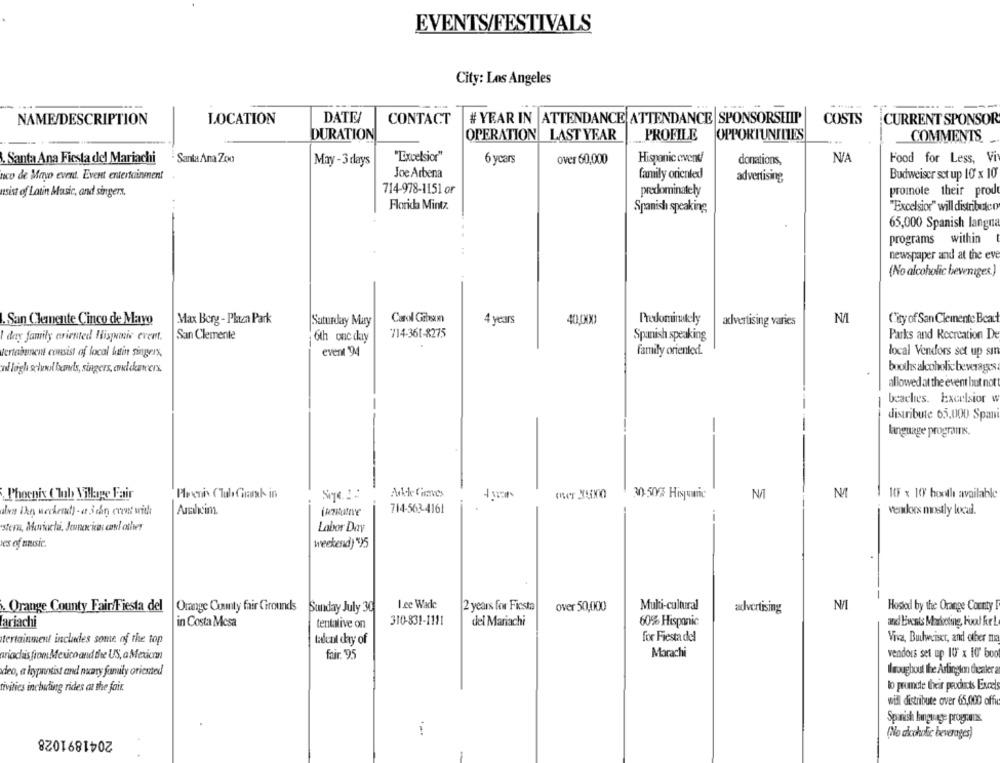
EVENTS/FESTIVALS
City: Los Angeles
-.-
NAME/DESCRIPTION
LOCATION
DATE
CONTACT
# YEAR IN ATTENDANCE ATTENDANCE SPONSORSHIP
COSTS
CURRENT SPONSOR
DURATION
OPERATION LAST YEAR
PROFILE
OPPORTUNITIES
COMMENTS.
.Santa Ana Fiesta del Mariachi
Santa Ana Zoo
"Excelsior"
6 years
over 60,000
Hispanic avend
donations,
Food for Less, Vi
May - 3 days
noco de Mayo event. Event entertainment
Joe Arbena
family orienled
Budweiser set up 10 x 10
advertising
714-978-1151 or
predominately
promote their prod
usist of Latin Music, and singers.
Florida Mintz.
Spanish speaking
"Excelsior" will distributeo
65,000 Spanish langna
programs
within
newspaper and at the eve
(No alcoholic beverages.)
.San Clemente Cinco de Mayo
Max Berg - Phuza Park
Carol Gibson
4 years
Predominately
City of San Clemente Bead
Saturday May
advertising varies
San Clemente
714-361-8275
I day family oriented Hispanic event.
oth onc cky
Spanish speaking
Parks and Recreation De
family oriented.
Vertabuneit consist of local hatin singers,
event 94
local Vendors set up sin
ah logh selvwol bands, singers, emul datcers.
booths alcoholic beverages
allowed at the event but nott
beaches. Excelsior w
distribute 65,000 Span
-
language programs.
Phoenix ( Tub Village Fair
Plovenis (Tul Chrank in
Sige. : :
Anche Gives
30-50% Hispanic
N/
10 x 10' booth available
Ambeim
714-563-4161
vendoxes mostly local.
sten, Mariachi, Jonacica: conel other
Labor Day
es of music.
weekend) ")5
Orange County Fair/Fiesta del
Orange County fair Grounds Sunday July 30
Lee Wade
2 years for Fiesta
over 50,000
Multi-cultural
advertising
N/L
Hosted by the Orange County
ariachi
in Costa Mesa
tentative on
310-831-1111
del Mariachi
60% Hispanic
and Events Marketing, Food KrL
tertainment includes some of the top
tadenl chay of
for Fiesta del
Viva, Butlweiser, and other ma
ariadiis from Mexico and the US, a Mexican
fair. 95
Marachi
vendors set up I0 x 10 boo
Ilroughout The Arlington theater a
deo, a hypnotist and nucary family oriented
lo prumde their peuducts Excels
tivities including rides at the fair.
will distribute over 65,000 ofus
Spanish language programs.
2041891028
(No alcoholic beverages)